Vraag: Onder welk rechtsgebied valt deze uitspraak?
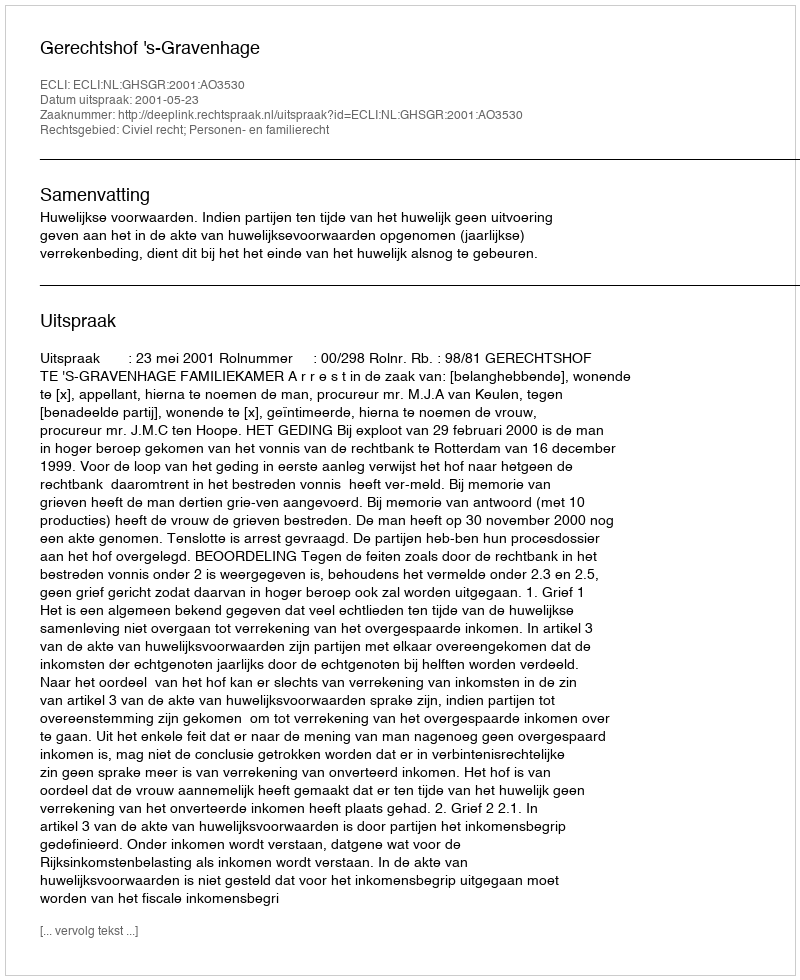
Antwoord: Civiel recht; Personen- en familierecht